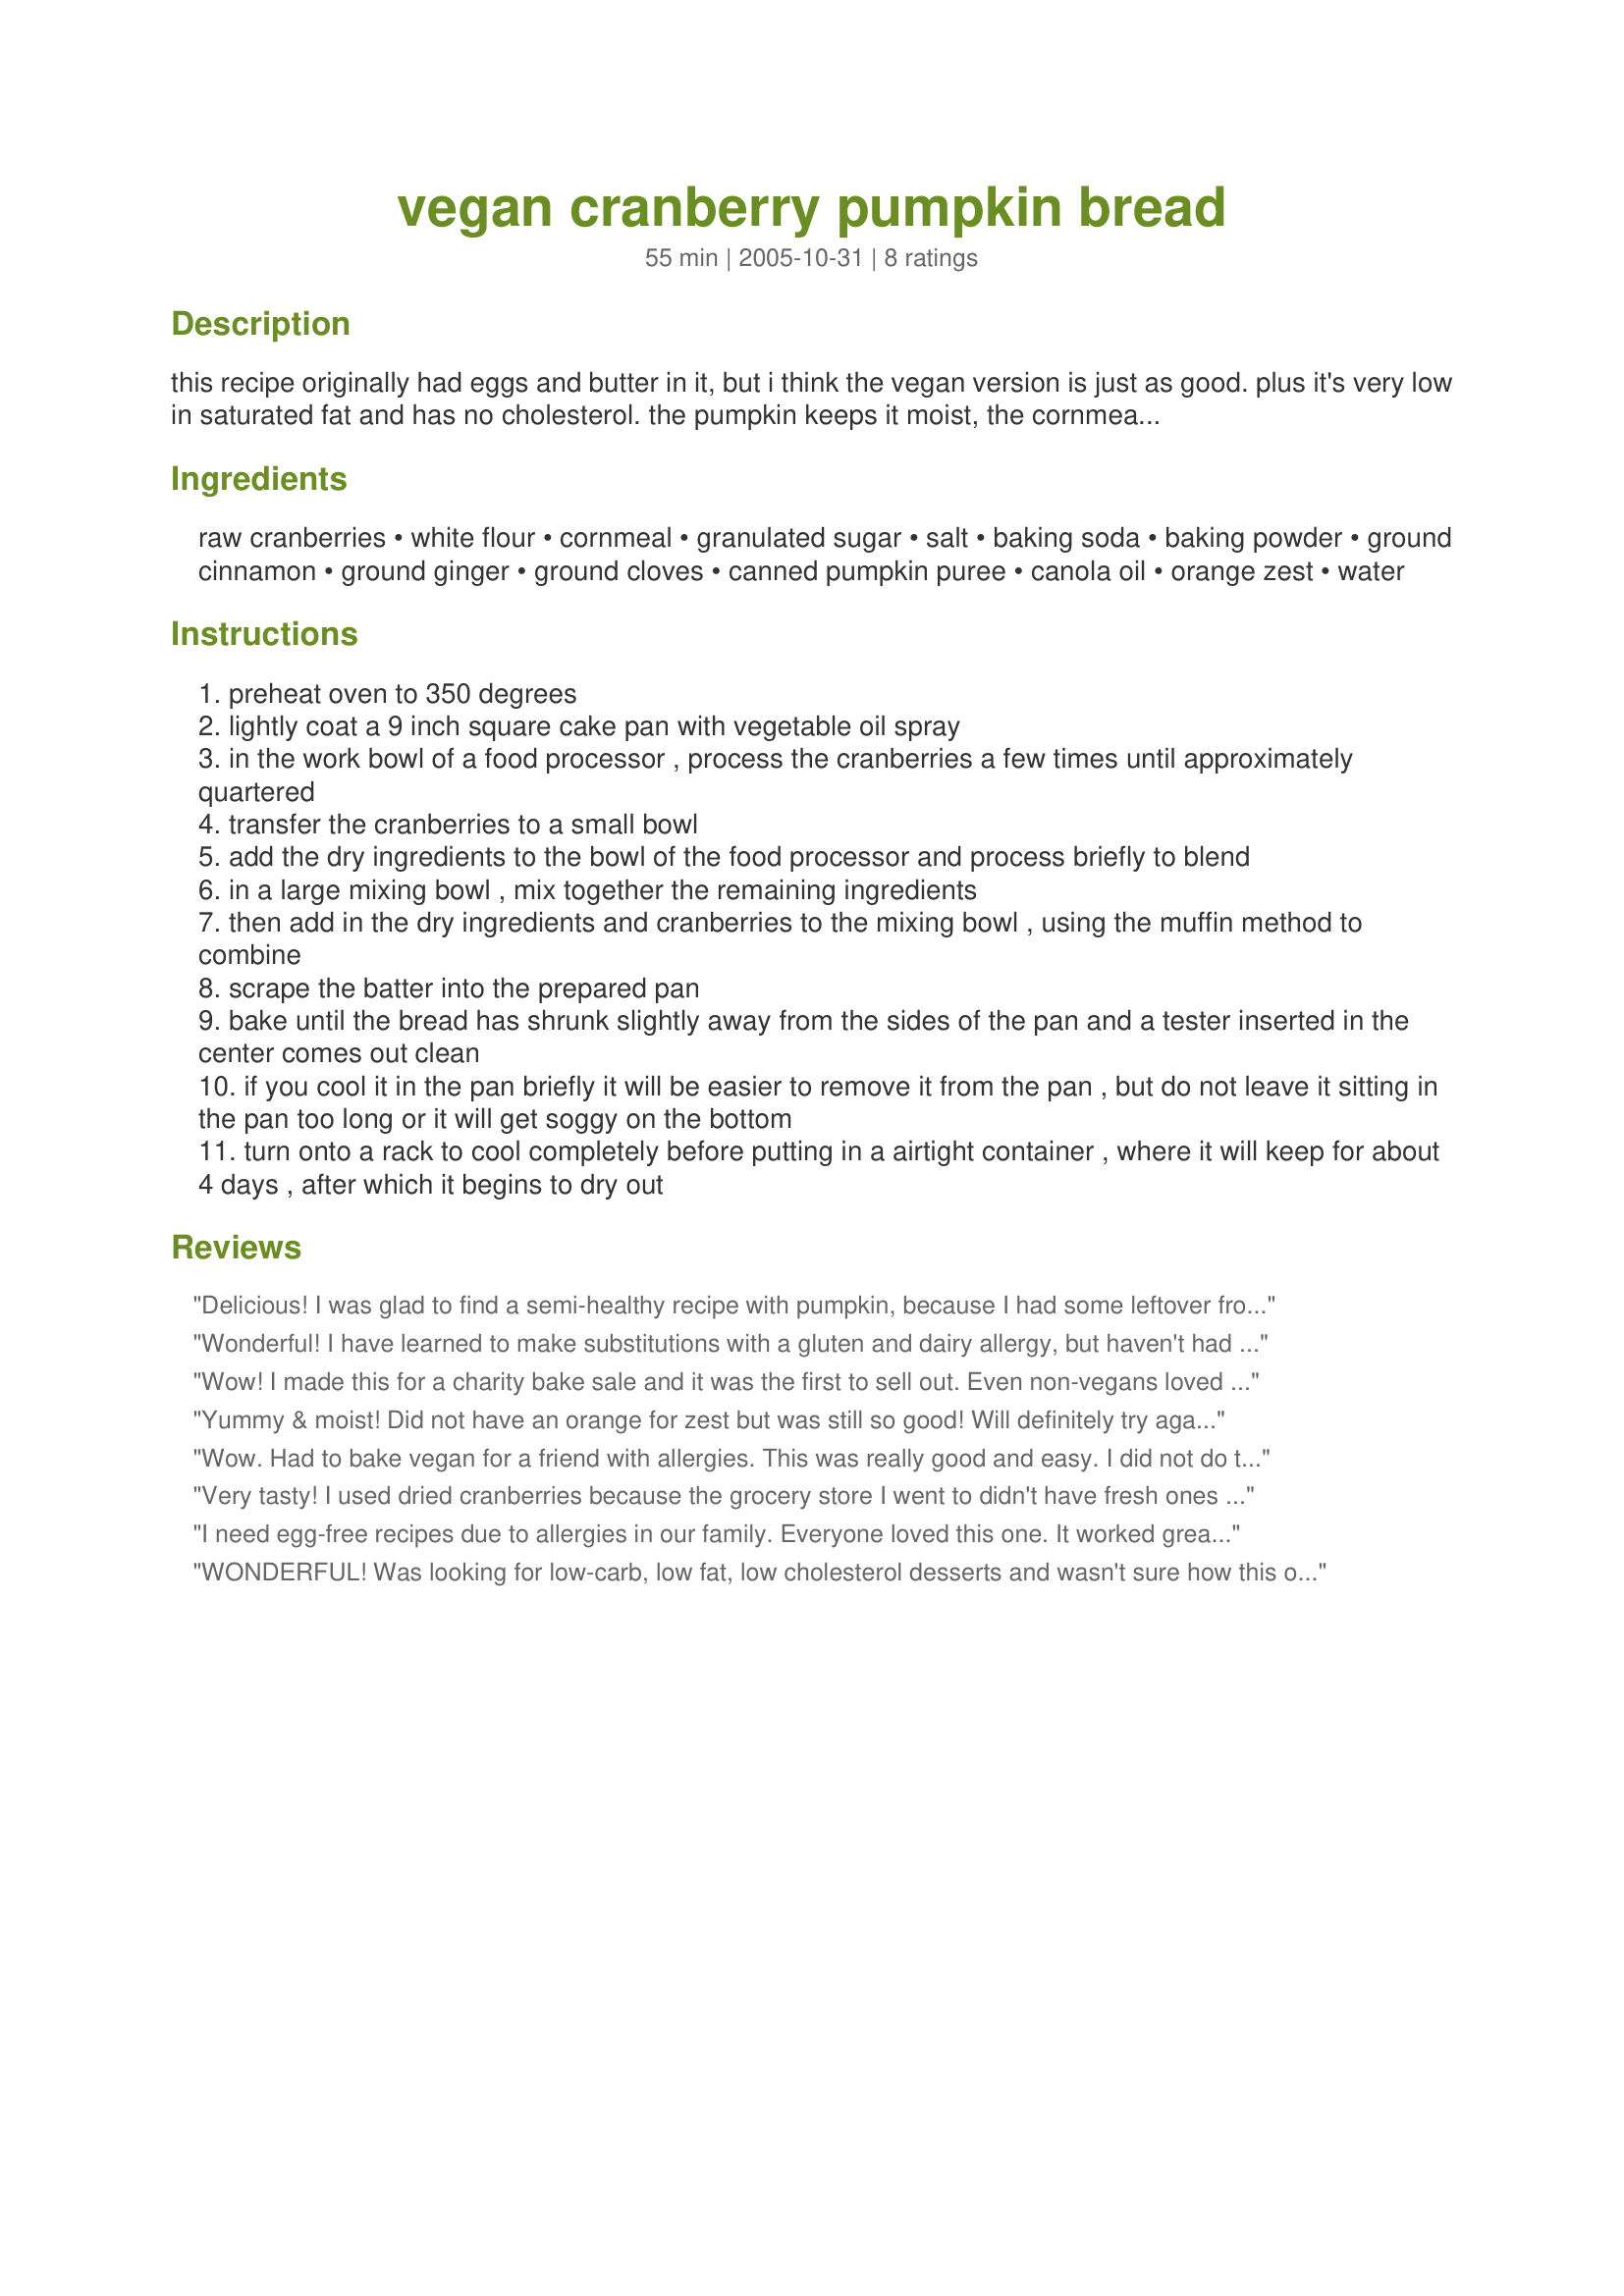
vegan cranberry pumpkin bread
Preparation time: 55 minutes

this recipe originally had eggs and butter in it, but i think the vegan version is just as good. plus it's very low in saturated fat and has no cholesterol. the pumpkin keeps it moist, the cornmeal give it a great texture, and the cranberries are marvelously tart. a great fall dessert. the traditional look is to bake this in a loaf pan but i think it holds together better and has a better texture when baked in a cake pan.

substitutions: you can leave the orange zest out, but it won't be nearly as good! you can also substitute vegetable oil for the canola oil, but it will be less healthy. i think frozen cranberries will work as well as fresh. just process them like you would the fresh cranberries.

note to reviewers: as i've played with this recipe i've kept upping the cranberries and decreasing the sugar. if anyone tests it with more pumpkin and cranberry and less sugar and it turns out well please let me know.

Ingredients:
raw cranberries, white flour, cornmeal, granulated sugar, salt, baking soda, baking powder, ground cinnamon, ground ginger, ground cloves, canned pumpkin puree, canola oil, orange zest, water

Steps:
preheat oven to 350 degrees
lightly coat a 9 inch square cake pan with vegetable oil spray
in the work bowl of a food processor , process the cranberries a few times until approximately quartered
transfer the cranberries to a small bowl
add the dry ingredients to the bowl of the food processor and process briefly to blend
in a large mixing bowl , mix together the remaining ingredients
then add in the dry ingredients and cranberries to the mixing bowl , using the muffin method to combine
scrape the batter into the prepared pan
bake until the bread has shrunk slightly away from the sides of the pan and a tester inserted in the center comes out clean
if you cool it in the pan briefly it will be easier to remove it from the pan , but do not leave it sitting in the pan too long or it will get soggy on the bottom
turn onto a rack to cool completely before putting in a airtight container , where it will keep for about 4 days , after which it begins to dry out

Reviews:
Delicious! I was glad to find a semi-healthy recipe with pumpkin, because I had some leftover from the Holidays. Because I halfed the recipe, I didn't have a small enough bread pan, so I made muffins. I also added nutmeg and pecans. This recipe was quick and easy. I will make it again!
Wonderful! I have learned to make substitutions with a gluten and dairy allergy, but haven't had much success with eggs. Thank you so much for posting such a delicious egg-free recipe. Texture and taste were both excellent. I used a few dried cranberries and some chopped almonds instead of whole cranberries and of course substituted the flour with brown rice flour and tapioca starch. Will make this recipe again and again.
Wow! I made this for a charity bake sale and it was the first to sell out. Even non-vegans loved it - it was moist and the tartness of the cranberries and the orange zest really made this flavourful. Thanks so much!
Yummy & moist! Did not have an orange for zest but was still so good! Will definitely try again with the zest. Thank you, paperfreeme, for the recipe!
Wow. Had to bake vegan for a friend with allergies. This was really good and easy. I did not do the mashing of the cranberries. I just mix the dry ingredients and added the rest. Then, I gently stir in 2 cups of frozen wild cranberries (much smaller than store bought ones). On top, I put a glaze made of icing sugar and water.
Very tasty! I used dried cranberries because the grocery store I went to didn't have fresh ones yet. It was not a problem at all. The bread still came out wonderful! Next time I may try using whole wheat flour or maybe half white half wheat. Also, I used a Tbsp of orange juice in place of one of the Tbsp of water. Great flavor and easy to make! Thanks!!!
I need egg-free recipes due to allergies in our family. Everyone loved this one. It worked great with whole wheat flour, adding just a bit more water. I didn't have all the spices on hand, so I used 1/2 C pumpkin pie filling (the flavored kind with all the spices already added) and 1/2 C regular canned pumpkin. Adding a simple cream cheese frosting would be delicious. Good and healthy recipe!!
WONDERFUL! Was looking for low-carb, low fat, low cholesterol desserts and wasn't sure how this one would work without eggs...oh my! It doesn't need them. Very moist, great texture and the taste is delicious, even with the small amount of sugar. I usually substitute half of any oil in a recipe with unsweetened applesauce, but wanted to try this "as is". Am not disappointed! Next time I will try half oil/half applesauce though just to see what it tastes like. Well done on a GREAT recipe! This will be my Christmas food gift to family & friends!
